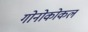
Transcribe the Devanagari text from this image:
गोनोकोकल